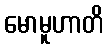
မောမူဟာတိ